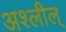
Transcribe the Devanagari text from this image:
अश्लील्